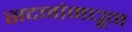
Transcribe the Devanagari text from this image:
सदनांमधून